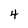
Character: 4